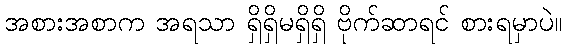
အစားအစာက အရသာ ရှိရှိမရှိရှိ ဗိုက်ဆာရင် စားရမှာပဲ။